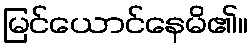
မြင်ယောင်နေမိ၏။